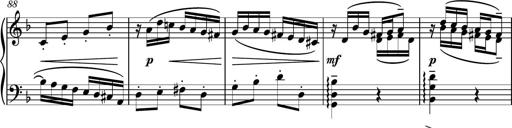
Title: Piano Sonatina II
Composer: Dimitri Sykias
Key: F major